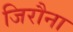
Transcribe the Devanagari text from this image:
जिरौना